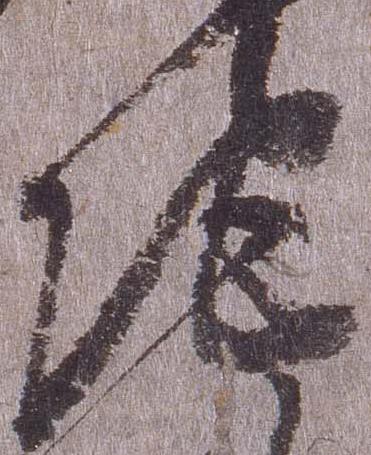
地